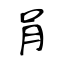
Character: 肙